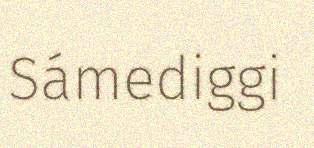
Sámediggi